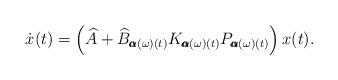
LaTeX: \begin{align*}\dot x(t) = \left( \widehat A + \widehat B_{\pmb\alpha(\omega)(t)} K_{\pmb\alpha(\omega)(t)} P_{\pmb\alpha(\omega)(t)}\right) x(t).\end{align*}